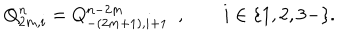
Q _ { 2 m , i } ^ { n } = Q _ { - ( 2 m + 1 ) , i + 1 } ^ { n - 2 m } \, \, \, , i \in \{ 1 , 2 , 3 - \} .